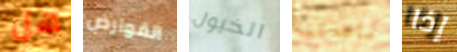
هل القوارض الخيول ساعدتنا إذا